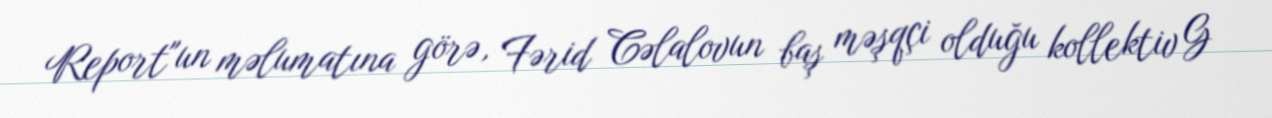
Report"un məlumatına görə, Fərid Cəlalovun baş məşqçi olduğu kollektiv G